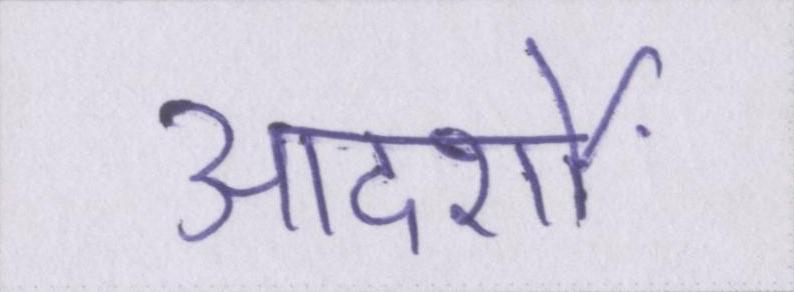
आदर्शों